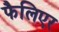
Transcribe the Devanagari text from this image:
फैलिएर